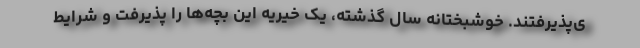
ی‌پذیرفتند. خوشبختانه سال گذشته، یک خیریه این بچه‌ها را پذیرفت و شرایط